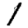
Digit: 1